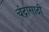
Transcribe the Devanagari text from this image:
चंद्रासाठी